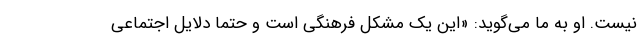
نیست. او به ما می‌گوید: «این یک مشکل فرهنگی است و حتما دلایل اجتماعی